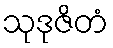
သုဒုဇိတံ